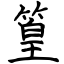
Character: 篁